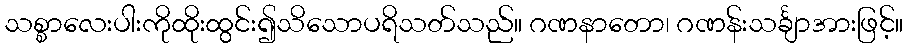
သစ္စာလေးပါးကိုထိုးထွင်း၍သိသောပရိသတ်သည်။ ဂဏနာတော၊ ဂဏန်းသင်္ချာအားဖြင့်။